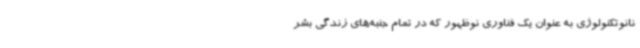
نانوتکنولوژی به عنوان یک فناوری نوظهور که در تمام جنبه‌های زندگی بشر